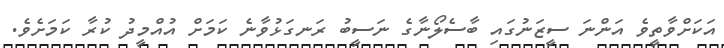
އަކަށްވާތީވެ އަންނަ ސީޒަނުގައި ބާސެލޯނާގެ ނަސީބު ރަނގަޅުވާނެ ކަމަށް އުއްމީދު ކުރާ ކަމަށެވެ.